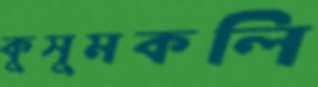
কুসুমকলি